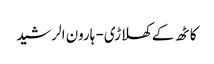
کاٹھ کے کھلاڑی- ہارون الرشید